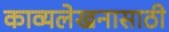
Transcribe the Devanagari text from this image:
काव्यलेखनासाठी